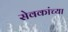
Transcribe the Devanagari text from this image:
सेवकांच्या